Medical and sanitary report of the native army of Madras for the year
Year: 1878
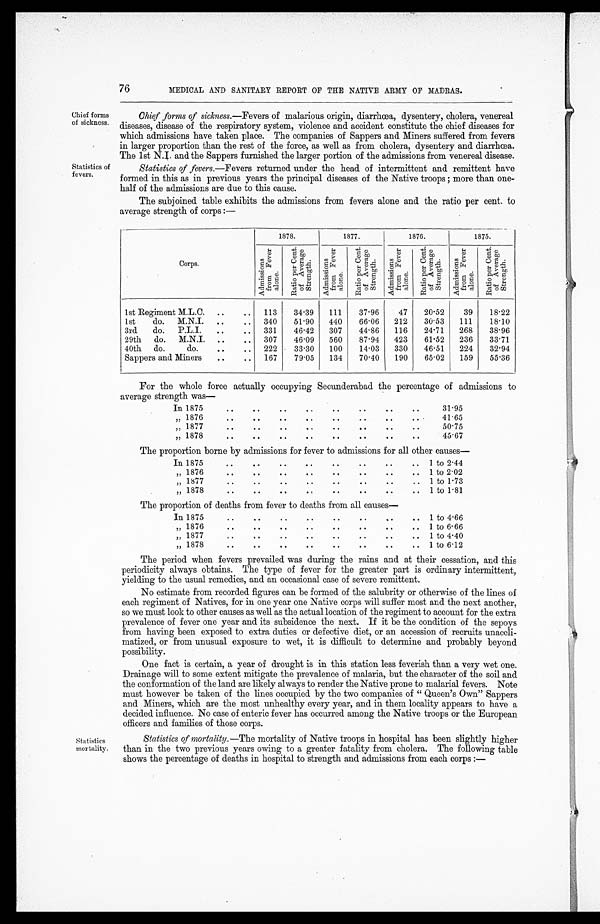
Chief forms
of sickness.
Statistics of
fevers.
Statistics
mortality.
76
MEDICAL AND SANITARY REPORT OF THE NATIVE ARMY OF MADRAS.
Chief forms of sickness.—Fevers of malarious origin, diarrhoea, dysentery, cholera, venereal
diseases, disease of the respiratory system, violence and accident constitute the chief diseases for
which admissions have taken place. The companies of Sappers and Miners suffered from fevers
in larger proportion than the rest of the force, as well as from cholera, dysentery and diarrhoea.
The 1st N.I. and the Sappers furnished the larger portion of the admissions from venereal disease.
Statistics of fevers.—Fevers returned under the head of intermittent and remittent have
formed in this as in previous years the principal diseases of the Native troops ; more than one
-half of the admissions are due to this cause.
The subjoined table exhibits the admissions from fevers alone and the ratio per cent. to
average strength of corps :—
1878.
1877.
1876.
1875.
Corps.
A d m i s s i o n f o r m . F e v e r a l o n e .
R a t i o p e r c e n t . o f A v e r a g e S t r e n g t h .
A d m i s s i o n f o r m . F e v e r a l o n e .
R a t i o p e r c e n t . o f A v e r a g e S t r e n g t h .
A d m i s s i o n f o r m . F e v e r a l o n e .
R a t i o p e r c e n t . o f A v e r a g e S t r e n g t h .
A d m i s s i o n f o r m . F e v e r a l o n e .
R a t i o p e r c e n t . o f A v e r a g e S t r e n g t h .
1st Regiment M.L.C. ..
..
113
34.39
111
37.96
47
20.52
39
18.22
1st
do. M.N.I.
..
.. 340
51'90
440
66.06
212
30.53
111
18.10
3rd
do. P.L.I.
..
..
331
46.42
307
44.86
116
24.71
268
38.96
29th do. M.N.I. ..
..
307
46'09
560
87.94
423
61.52
236
33.71
40th do.
do.
..
..
222
33.30
100
14.03
330
46.51
224
32.94
Sappers and Miners
..
..
167
79.05
134
70.40
190
65.02
159
55.36
For the whole force actually occupying Secunderabad the percentage of admissions to
average strength was
—
In 1875
. .
. .
. .
. .
. .
. .
. .
. .
31.95
„ 1876
. .
. .
. .
. .
. .
. .
. . ..
41.65
„ 1877
. .
. .
. .
. .
. .
. .
. .
. .
50.75
„ 1878
. .
. .
. .
. .
. .
. .
. .
. .
45.67
The proportion borne by admissions for fever to admissions for all other causes
—
In 1875
. .
. .
. .
. .
..
. .
. .
. . 1 to 2.44
„ 1876
..
. .
. .
. .
. .
. .
. .
. . 1 to 2.02
„ 1877
. .
. .
. .
. .
. .
. .
. .
. . 1 to 1.73
,, 1878 ..
..
..
..
.. ..
. .
. . 1to1.81
The proportion of deaths from fever to deaths from all causes-
In 1875
. .
. .
. .
. .
. .
. .
. .
. . 1 to 4.66
„ 1876
. .
. .
. .
. .
. .
. .
. .
. . 1 to 6.66
„ 1877
. .
. .
. .
. .
. .
. .
. .
. . 1 to 4.40
„ 1878
. .
. .
. .
. . ..
. .
. .
. . 1 to 6.12
The period when fevers prevailed was during the rains and at their cessation, and this
periodicity always obtains. The type of fever for the greater part is ordinary intermittent,
yielding to the usual remedies, and an occasional case of severe remittent.
No estimate from recorded figures can be formed of the salubrity or otherwise of the lines of
each regiment of Natives, for in one year one Native corps will suffer most and the next another,
so we must look to other causes as well as the actual location of the regiment to account for the extra
prevalence of fever one year and its subsidence the next. If it be the condition of the sepoys
from having been exposed to extra duties or defective diet, or an accession of recruits unaccli
-matized, or from unusual exposure to wet, it is difficult to determine and probably beyond
possibility.
One fact is certain, a year of drought is in this station less feverish than a very wet one.
Drainage will to some extent mitigate the prevalence of malaria, but the character of the soil and
the conformation of the land are likely always to render the Native prone to malarial fevers. Note
must however be taken of the lines occupied by the two companies of" Queen's Own" Sappers
and Miners, which are the most unhealthy every year, and in them locality appears to have a
decided influence. No case of enteric fever has occurred among the Native troops or the European
officers and families of those corps.
Statistics of mortality.—The mortality of Native troops in hospital has been slightly higher
than in the two previous years owing to a greater fatality from cholera. The following table
shows the percentage of deaths in hospital to strength and admissions from each corps :—